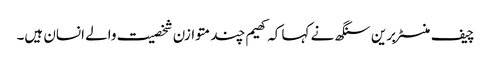
چیف منسٹر برین سنگھ نے کہا کہ کھیم چند متوازن شخصیت والے انسان ہیں۔